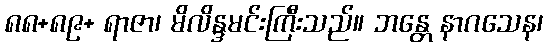
၈၈+၈၉+ ရာဇာ၊ မိလိန္ဒမင်းကြီးသည်။ ဘန္တေ နာဂသေန၊